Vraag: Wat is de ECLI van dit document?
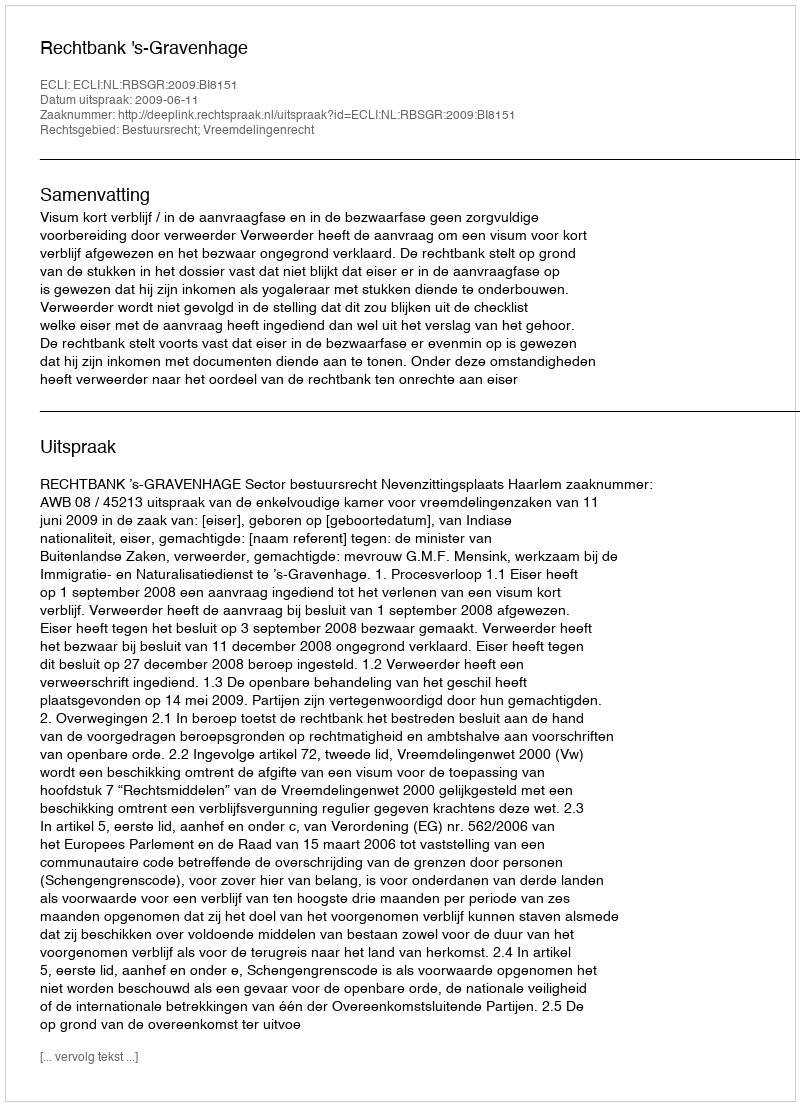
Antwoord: ECLI:NL:RBSGR:2009:BI8151